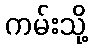
ကမ်းသို့